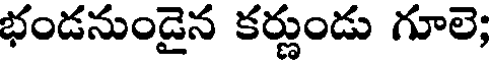
భండనుండైన కర్ణుండు గూలె;